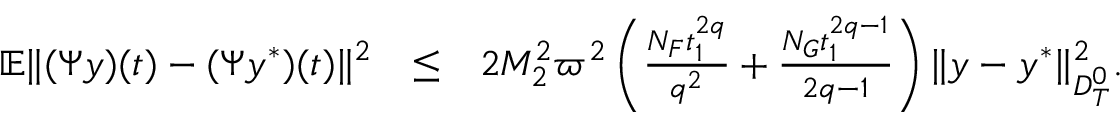
\begin{array} { r l r } { \mathbb { E } \| ( { \Psi } y ) ( t ) - ( \Psi y ^ { * } ) ( t ) \| ^ { 2 } } & { \leq } & { 2 { \cal M } _ { 2 } ^ { 2 } \varpi ^ { 2 } \left( \frac { N _ { \cal F } t _ { 1 } ^ { 2 q } } { q ^ { 2 } } + \frac { N _ { \cal G } t _ { 1 } ^ { 2 q - 1 } } { 2 q - 1 } \right) \| y - y ^ { * } \| _ { { \cal D } _ { T } ^ { 0 } } ^ { 2 } . } \end{array}